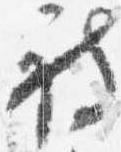
被